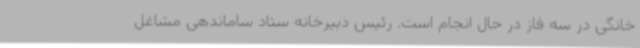
خانگی در سه فاز در حال انجام است. رئیس دبیرخانه ستاد ساماندهی مشاغل